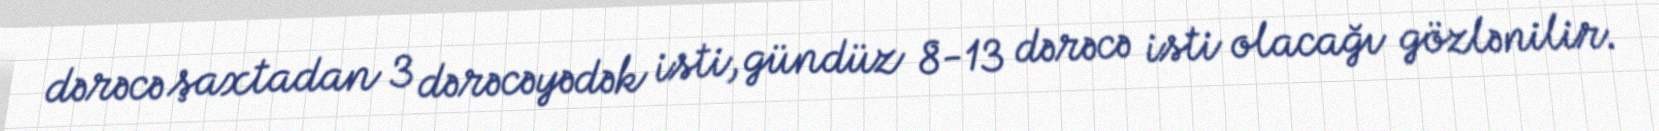
dərəcə şaxtadan 3 dərəcəyədək isti, gündüz 8-13 dərəcə isti olacağı gözlənilir.